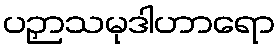
ပဉှာသမုဒါဟာရော